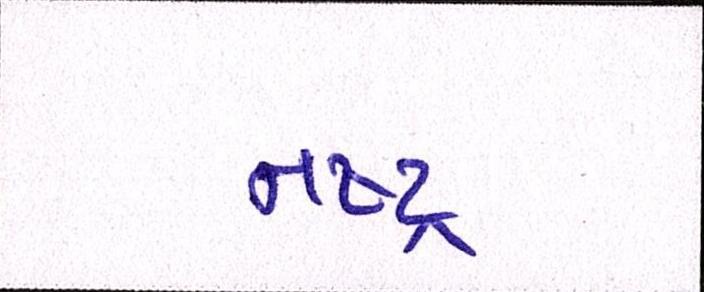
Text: નષ્ટ્ર